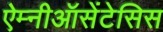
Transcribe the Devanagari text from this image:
ऐम्नीऑसेंटेसिस